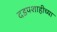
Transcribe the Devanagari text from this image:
दडपशाहीच्या